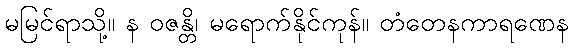
မမြင်ရာသို့။ န ဝဇန္တိ၊ မရောက်နိုင်ကုန်။ တံတေနကာရဏေန